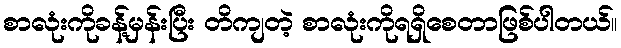
စာလုံးကိုခန့်မှန်းပြီး တိကျတဲ့ စာလုံးကိုရရှိစေတာဖြစ်ပါတယ်။